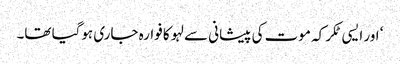
‘ اور ایسی ٹکر کہ موت کی پیشانی سے لہو کا فوارہ جاری ہوگیا تھا۔